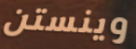
وينستن